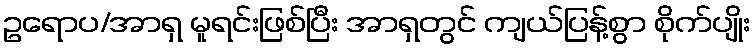
ဥရောပ/အာရှ မူရင်းဖြစ်ပြီး အာရှတွင် ကျယ်ပြန့်စွာ စိုက်ပျိုး